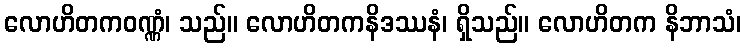
လောဟိတကဝဏ္ဏံ၊ သည်။ လောဟိတကနိဒဿနံ၊ ရှိသည်။ လောဟိတက နိဘာသံ၊